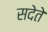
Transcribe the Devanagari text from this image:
सदेते